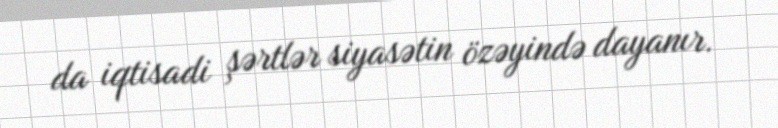
da iqtisadi şərtlər siyasətin özəyində dayanır.